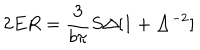
LaTeX: 2 E R = \frac { 3 } { b \pi } S \Delta [ 1 + \Delta ^ { - 2 } ]